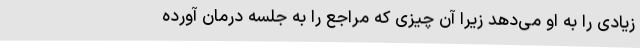
زیادی را به او می‌دهد زیرا آن چیزی که مراجع را به جلسه درمان آورده